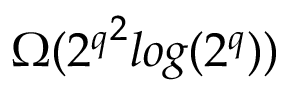
\Omega ( { 2 ^ { q } } ^ { 2 } l o g ( { 2 ^ { q } } ) )